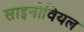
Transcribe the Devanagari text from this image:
साइनोवियल